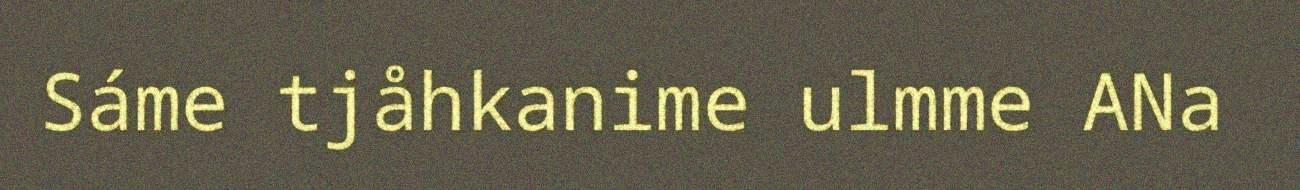
Sáme tjåhkanime ulmme ANa